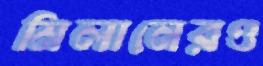
মিলানেরও